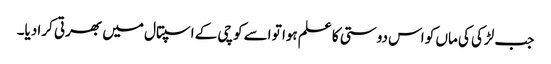
جب لڑکی کی ماں کو اس دوستی کا علم ہوا تو اسے کوچی کے اسپتال میں بھرتی کرا دیا۔